Report on vaccination in Madras 1904-1921 - 1904-1921
Year: 1904
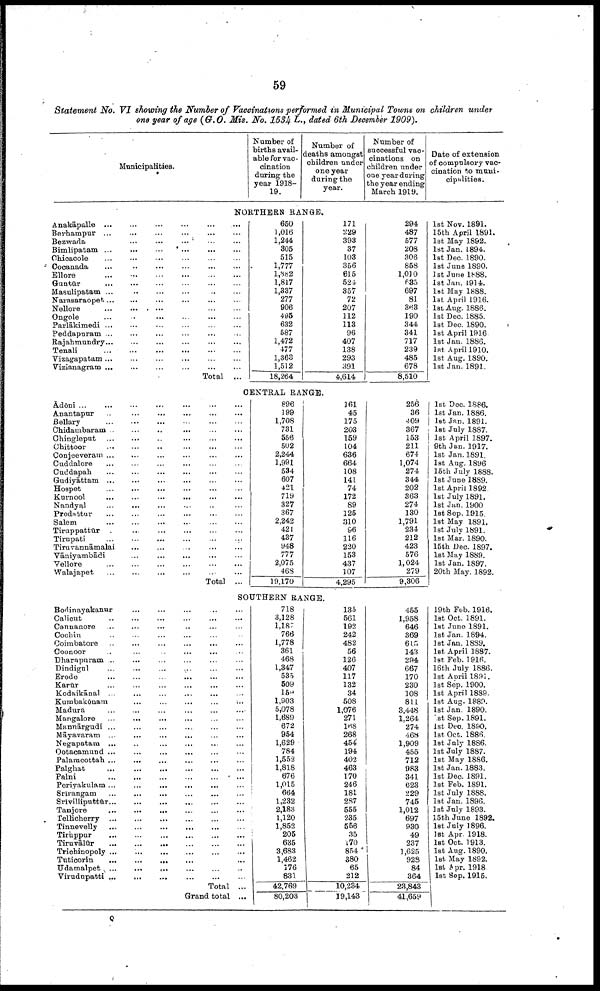
59
Statement No. VI showing the Number of Vaccinations performed in Municipal Towns on children under
one year of age (G.O. Mis. No. 1534 L., dated 6th December 1909).
Municipalities.
Number of
births avail
able for vac
cination
during the
year 1918-
19.
Number of
deaths amongst
children under
one year
during the
year.
Number of
successful vac
cinations on
children under
one year during
the year ending
March 1919.
Date of extension
of compulsory vac
cination to muni-
cipalities.
NORTHERN RANGE.
Anakāpalle ... ... ... ... ... ...
Berhampur
...
...
...
...
...
...
Bezwada ... ... ... ... ... ...
Bimlipatam
...
...
...
...
...
...
Chicacole ... ... ... ... ... ...
Cocanada
...
...
...
...
...
...
Ellore
...
...
...
...
...
...
Guntūr
...
...
...
...
...
...
Masulipatam
...
...
...
...
...
...
Narasaraopet... ... ... ... ... ...
Nellore
...
...
...
...
...
...
Ongole
...
...
...
...
...
...
Parlākimedi ... ... ... ... ... ...
Peddapuram ... ... ... ... ... ...
Rajahmundry ... ... ... ... ... ...
Tenali
...
...
...
...
...
...
Vizagapatam... ... ... ... ... ...
Vizianagram ... ... ... ... ... ...
Total ...
650
1,016
1,244
305
515
1,777
1,882
1,817
1,337
277
906
495
632
587
1,472
477
1,363
1,512
18,264
171
229
393
37
103
356
615
524
357
72
207
112
113
96
407
138
293
391
4,614
294
487
577
208
306
858
1,010
635
697
81
363
190
344
341
717
239
485
678
8,510
1st Nov. 1891.
15th April 1891.
1st May 1892.
1st Jan. 1894.
1st Dec. 1890.
1st June 1890.
1st June 1888.
1st Jan. 1914.
1st May 1888.
1st April 1916.
1st Aug. 1886.
1st Dec. 1885.
1st Dec. 1890.
1st April 1916
1st Jan. 1886.
1st April 1910.
1st Aug. 1890.
1st Jan. 1891.
CENTRAL RANGE.
Ādōni ... ... ... ... ... ...
Anantapur
...
...
...
...
...
...
Bellary
...
...
...
...
...
...
Chidambaram
...
...
...
...
...
...
Chingleput
...
...
...
...
...
...
Chittoor ... ... ... ... ... ...
Conjeeveram
...
...
...
...
...
...
Cuddalore
...
...
...
...
...
...
Cuddapah
...
...
...
...
...
...
Gudiyāttam
...
...
...
...
...
...
Hospet
...
...
...
...
...
...
Kurnool
...
...
...
...
...
...
Nandyal ... ... ... ... ... ...
Prodattur
...
...
...
...
...
...
Salem
...
...
...
...
...
...
Tiruppattūr
...
...
...
...
...
...
Tirupati
...
...
...
...
...
...
Tiruvannāmalai ... ... ... ... ... ...
Vāniyambādi ... ... ... ... ... ...
Vellore
...
...
...
...
...
Walajapet ... ... ... ... ... ...
Total ...
896
199
1,708
731
556
502
2,244
1,991
534
607
421
719
327
367
2,242
421
437
948
777
2,075
468
19,170
161
45
175
203
159
104
636
664
108
141
74
172
89
125
310
96
116
220
153
437
107
4,295
256
36
409
367
153
211
674
1,074
274
344
202
363
274
130
1,791
234
212
423
576
1,024
279
9,306
1st Dec. 1886.
1st Jan. 1886.
1st Jan. 1891.
1st July 1887.
1st April 1897.
9th Jan. 1917.
1st Jan. 1891.
1st Aug. 1896
15th July 1888.
1st June 1889.
1st April 1892.
1st July 1891.
1st Jan. 1900
1st Sep. 1915.
1st May 1891.
1st July 1891.
1st Mar. 1890.
15th Dec. 1897.
1st May 1889.
1st Jan. 1897.
20th May. 1892.
SOUTHERN RANGE.
Bodinayakanur
...
...
...
...
...
...
Calicut ... ... ... ... ... ... ...
Cannanore ... ... ... ... ... ...
Cochin ... ... ... ... ... ...
Coimbatore
...
...
...
...
...
...
Coonoor ... ... ... ... ... ...
Dharapuram ... ... ... ... ... ...
Dindigul ... ... ... ... ... ...
Erode ... ... ... ... ... ...
Karūr
...
...
...
...
...
...
Kodaikānal ... ... ... ... ... ...
Kumbakōnam
...
...
...
...
...
...
Madura ... ... ... ... ... ...
Mangalore
...
...
...
...
...
...
Mannārgudi
...
...
...
...
...
...
Māyavaram
...
...
...
...
...
...
Negapatam ... ... ... ... ... ...
Ootacamund ... ... ... ... ... ...
Palamcottah ... ... ... ... ... ...
Palghat ... ... ... ... ... ...
Palni
...
...
...
...
...
...
Periyakulam
...
...
...
...
...
...
Srīrangam
...
...
...
...
...
...
Srīvilliputtūr
...
...
...
...
...
...
Tanjore
...
...
...
...
...
...
Tellicherry
...
...
...
...
...
...
Tinnevelly ... ... ... ... ... ...
Tirūppur
...
...
...
...
...
...
Tiruvālūr
...
...
...
...
...
...
Trichinopoly
...
...
...
...
...
...
Tuticorin ... ... ... ... ... ...
Udamalpet ... ... ... ... ... ...
Virudupatti ... ... ... ... ... ...
Total ...
Grand total ...
718
3,128
1,187
766
1,778
361
468
1,347
535
509
150
1,903
5,078
1,689
672
954
1,629
784
1,552
1,818
676
1,015
664
1,232
2,183
1,120
1,852
205
635
3,683
1,462
176
831
42,769
80,203
135
561
192
242
482
56
126
407
117
132
34
508
1,076
271
168
268
454
194
402
463
170
246
181
287
555
235
556
35
170
854
380
65
212
10,234
19,143
455
1,958
646
369
615
143
294
667
170
230
108
811
3,448
1,264
274
468
1,909
455
712
983
341
623
229
745
1,012
697
930
49
237
1,625
928
84
364
23,843
41,659
19th Feb. 1916.
1st Oct. 1891.
1st June 1891.
1st Jan. 1894.
1st Jan. 1889.
1st April 1887.
1st Feb. 1916.
16th July 1886.
1st April 1891.
1st Sep. 1900.
1st April 1889.
1st Aug. 1889.
1st Jan. 1890.
1st Sep. 1891.
1st Dec. 1890.
1st. Oct. 1886.
1st July 1886.
1st July 1887.
1st May 1886.
1st Jan. 1883.
1st Dec. 1891.
1st Feb. 1891.
1st July 1888.
1st Jan. 1896.
1st July 1893.
15th June 1892.
1st July 1896.
1st Apr. 1918.
1st Oct. 1913.
1st Aug. 1890.
1st May 1892.
1st Apr. 1918
1st Sep. 1915.
Q